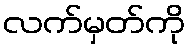
လက်မှတ်ကို